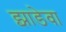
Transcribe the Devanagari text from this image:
झाडेवा